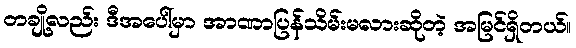
တချို့လည်း ဒီအပေါ်မှာ အာဏာပြန်သိမ်းမလားဆိုတဲ့ အမြင်ရှိတယ်။